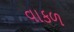
વાકળ